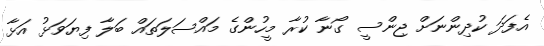
އެފަދަ ކުދިންނަށް ޖިންސީ ގޯނާ ކުރާ މީހުންގެ މައްސަލަތައް ބަލާ ފިޔަވަޅު އަޅާ